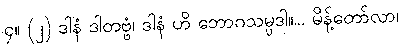
၄။ (၂) ဒါနံ ဒါတဗ္ဗံ၊ ဒါနံ ဟိ ဘောဂသမ္ပဒါ။... မိန့်တော်လာ၊